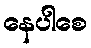
နေပါစေ